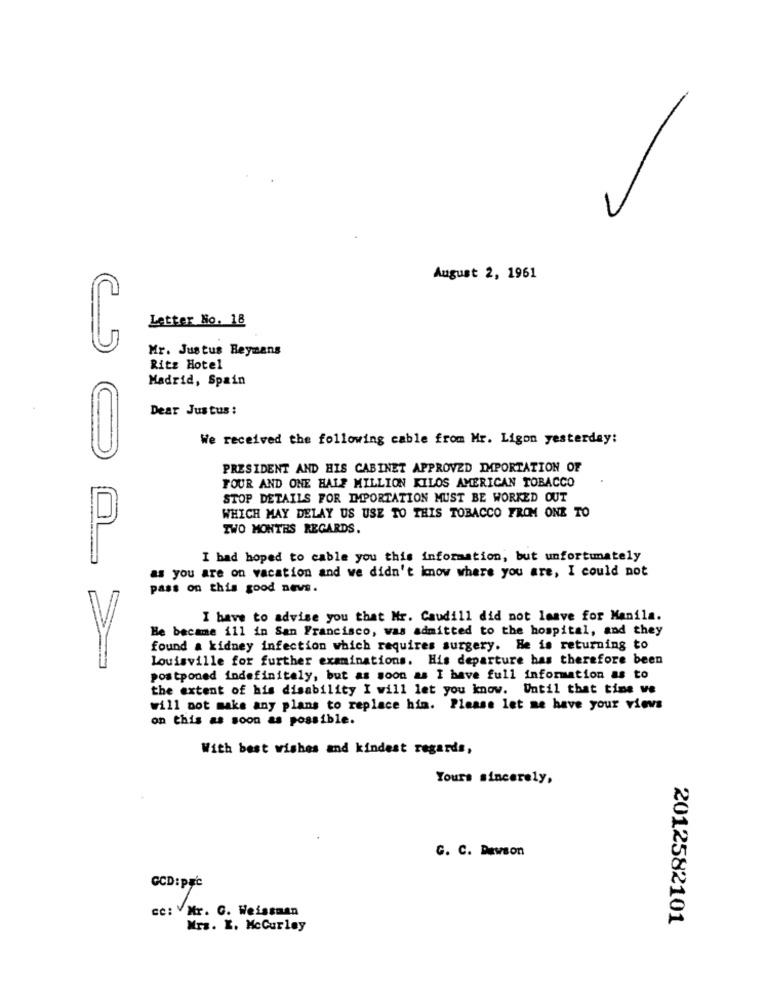
August 2, 1961
Letter No. 18
Mr. Justus Beymans
Ritz Hotel
Madrid, Spain
Dear Jus tus :
We received the following cable from Mr. Ligon yesterday:
PRESIDENT AND HIS CABINET APPROVED IMPORTATION OF
FOUR AND ONE HALF MILLION KILOS AMERICAN TOBACCO
STOP DETAILS FOR IMPORTATION MUST BE WORKED OUT
WHICH MAY DELAY US USE TO THIS TOBACCO FROM ONE TO
TWO MONTHS REGARDS.
0L
I had hoped to cable you this information, but unfortunately
as you are on vacation and we didn't know where you are, I could not
pass on this good news.
I have to advise you that Mr. Caudill did not leave for Manila.
He became ill in San Francisco, was admitted to the hospital, and they
found a kidney infection which requires surgery. He is returning to
Louisville for further examinations. His departure has therefore been
postponed indefinitely, but as soon as I have full information as to
the extent of his disability I will let you know. Until that time ve
will not make any plans to replace him. Please let me have your views
on this as soon as possible.
With best wishes and kindest regards,
Yours sincerely,
C. C. Dawson
CCD:prc
ce: V Mr. G. Weissman
2012582101
Mrs. K. McCurley